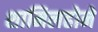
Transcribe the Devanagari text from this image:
शामिलहोने